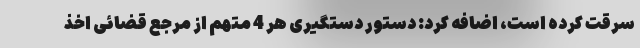
سرقت کرده است، اضافه کرد: دستور دستگیری هر 4 متهم از مرجع قضائی اخذ